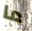
ما